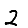
Digit: 2